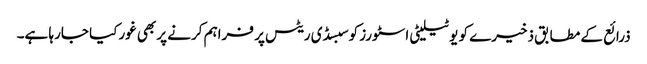
ذرائع کے مطابق ذخیرے کو یوٹیلیٹی اسٹورز کوسبسڈی ریٹس پر فراہم کرنے پر بھی غورکیا جارہا ہے۔